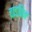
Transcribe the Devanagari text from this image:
चाडविन